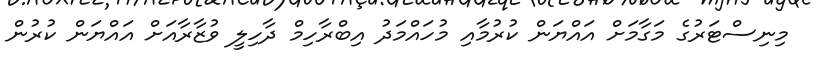
މިނިސްޓަރުގެ މަގާމަށް އައްޔަން ކުރުމާއި މުހައްމަދު އިބްރާހިމް ދާހިލީ ވުޒާރާއަށް އައްޔަން ކުރުން